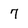
Character: 7